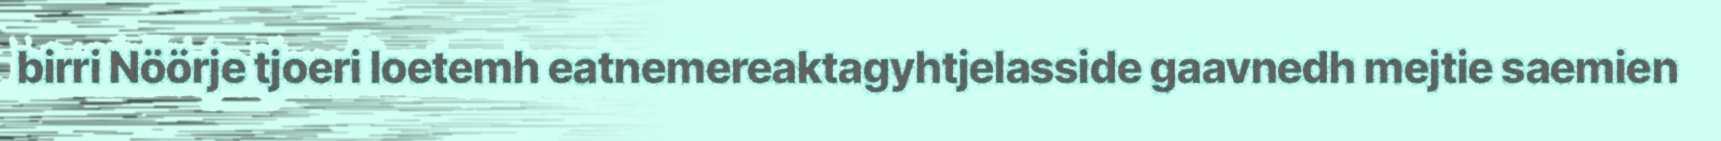
birri Nöörje tjoeri loetemh eatnemereaktagyhtjelasside gaavnedh mejtie saemien